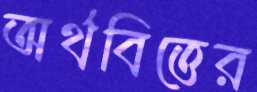
অর্থবিত্তের